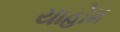
યાહોમ